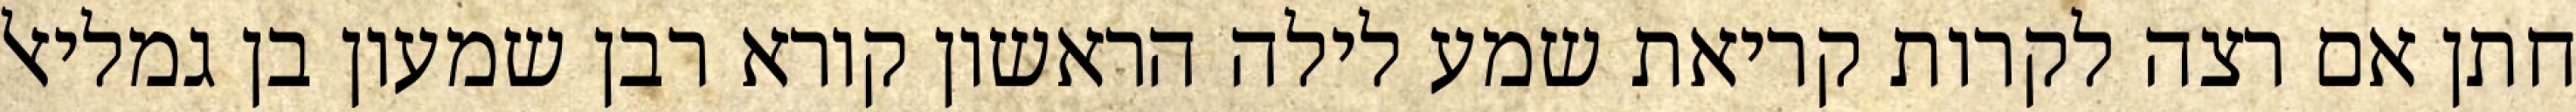
חתן אם רצה לקרות קריאת שמע לילה הראשון קורא רבן שמעון בן גמליאל